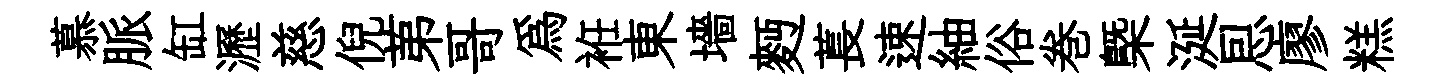
慕脈缸瀝慈倪苐哥爲袵東墻麪萇速紬俗巻㮣涎㤙廖糕